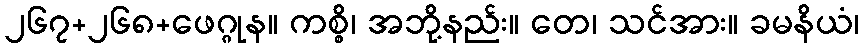
၂၆၇+၂၆၈+ဖေဂ္ဂုန။ ကစ္စိ၊ အဘို့နည်း။ တေ၊ သင်အား။ ခမနိယံ၊